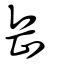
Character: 岳